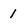
Character: 1